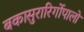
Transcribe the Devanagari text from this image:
बकासुरारिर्गोपालो